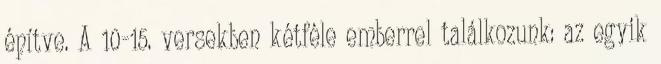
építve. A 10-15. versekben kétféle emberrel találkozunk: az egyik